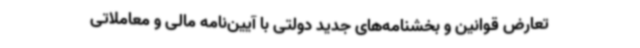
تعارض قوانین و بخشنامه‌های جدید دولتی با آیین‌نامه مالی و معاملاتی